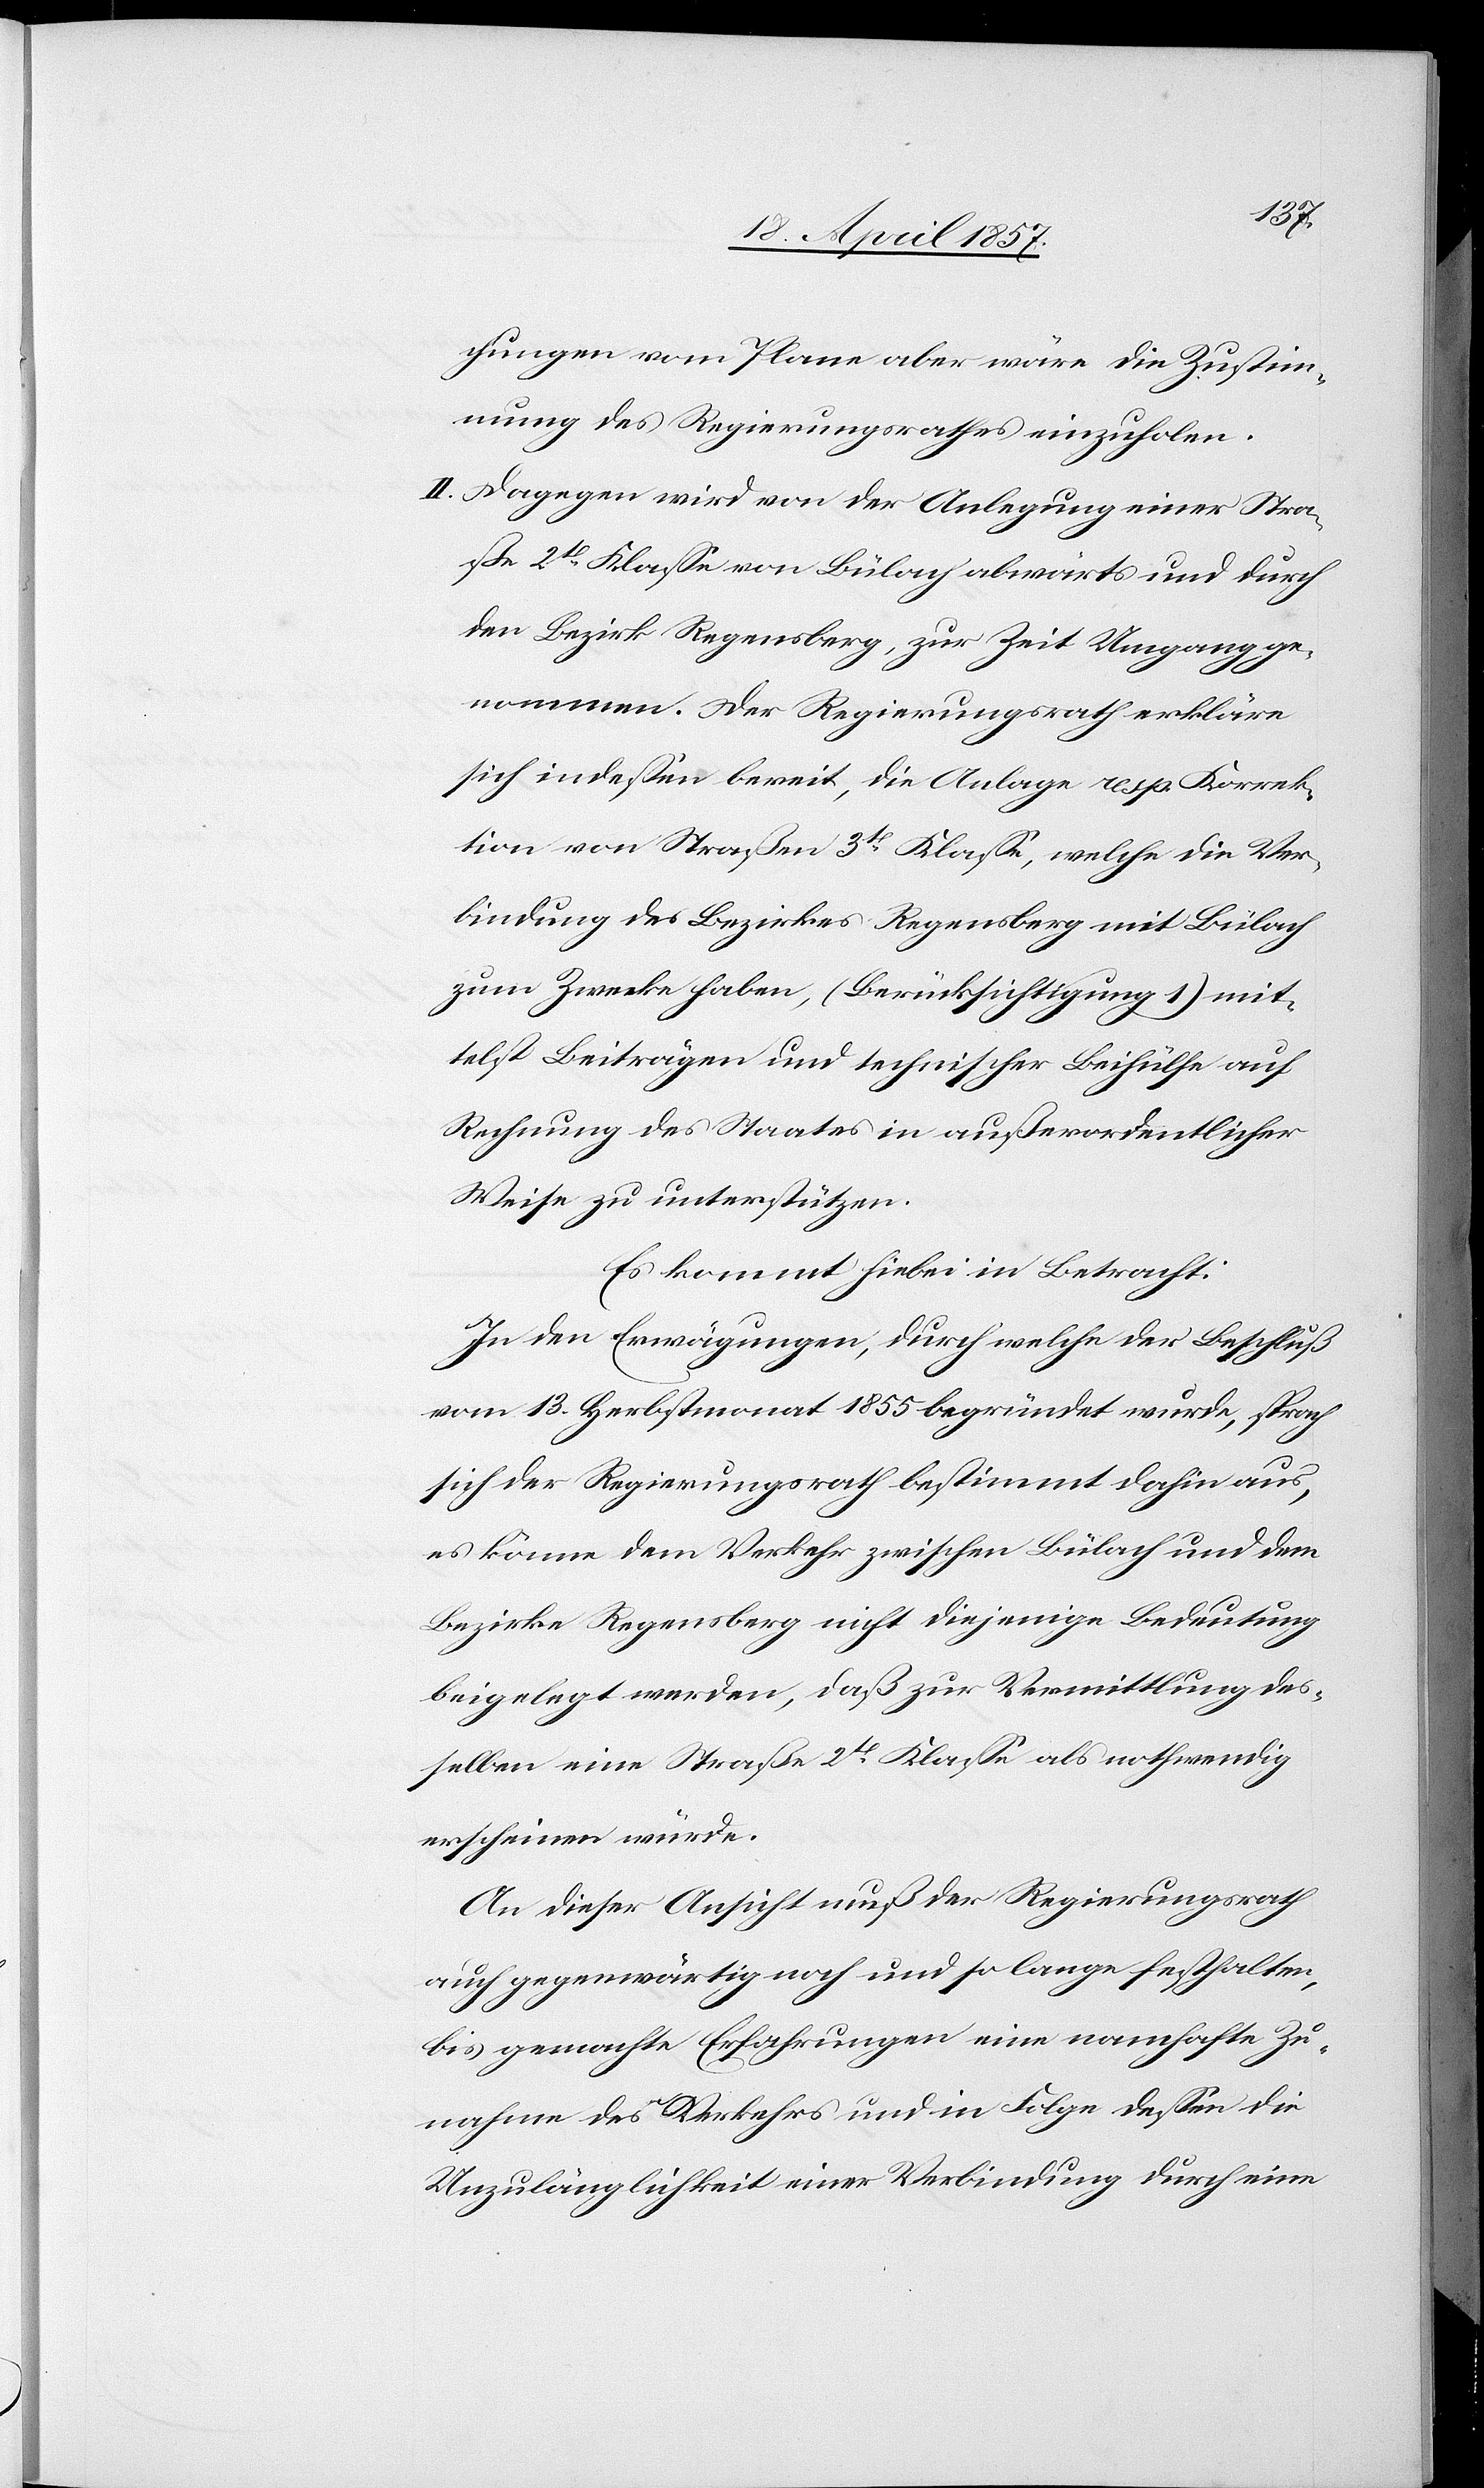
lange
chungen vom Plane aber wäre die Zustim¬
mung des Regierungsrathes einzuholen.
II. Dagegen wird von der Anlegung einer Stra¬
ße 2t Klasse von Bülach abwärts und durch
den Bezirk Regensberg, zur Zeit Umgang ge¬
nommen. Der Regierungsrath erkläre
sich indessen bereit, die Anlage resp. Korrek¬
tion von Straßen 3t Klasse, welche die Ver¬
bindung des Bezirkes Regensberg mit Bülach
zum Zwecke haben, (Berücksichtigung 1) mit¬
telst Beiträgen und technischer Beihülfe auf
Rechnung des Staates in außerordentlicher
Weise zu unterstützen.
Es kommt hiebei in Betracht:
In den Erwägungen, durch welche der Beschluß
vom 13. Herbstmonat 1855 begründet wurde, sprach
sich der Regierungsrath bestimmt dahin aus,
es könne dem Verkehr zwischen Bülach und dem
Bezirke Regensberg nicht diejenige Bedeutung
beigelegt werden, daß zur Vermittlung des¬
selben eine Straße 2t Klasse als nothwendig
erscheinen würde.
An dieser Ansicht muß der Regierungsrath
bis gemachte Erfahrungen eine namhafte Zu¬
nahme des Verkehrs und in Folge dessen die
Unzulänglichkeit einer Verbindung durch eine